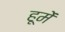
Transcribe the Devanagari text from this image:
हूमें